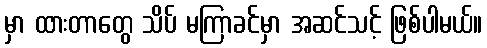
မှာ ထားတာတွေ သိပ် မကြာခင်မှာ အဆင်သင့် ဖြစ်ပါမယ်။